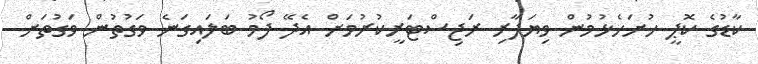
ކާޑުގެ ކޮޕީ ހުށަހެޅުމުން ވިޔަފާރި ރަޖިސްޓަރީކުރުމަށް އެދޭ ފޯމު ބަލައިގަނެ ވަގުތުން ވަގުތަށް